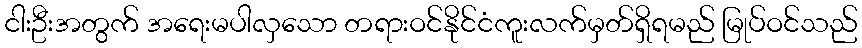
ငါးဦးအတွက် အရေးမပါလှသော တရားဝင်နိုင်ငံကူးလက်မှတ်ရှိရမည် မြုပ်ဝင်သည်